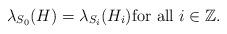
LaTeX: \begin{align*} \lambda_{S_0}(H) = \lambda_{S_i}(H_i) \text{for all $i \in \mathbb{Z}$.} \end{align*}